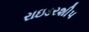
રાઇડરશીપ